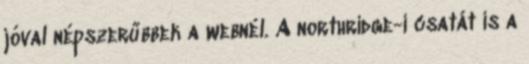
jóval népszerűbbek a webnél. A northridge-i csatát is a